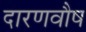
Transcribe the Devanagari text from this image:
दारणवौष